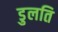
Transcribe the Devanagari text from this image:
डुलति